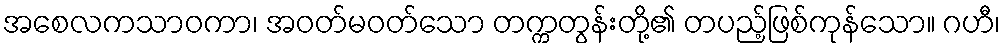
အစေလကသာဝကာ၊ အဝတ်မဝတ်သော တက္ကတွန်းတို့၏ တပည့်ဖြစ်ကုန်သော။ ဂဟီ၊